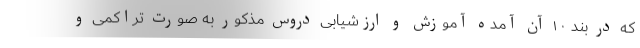
که در بند ۱۰ آن آمده آموزش و ارزشیابی دروس مذکور به صورت تراکمی و